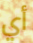
أي